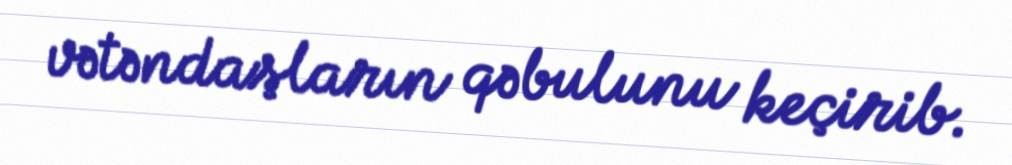
vətəndaşların qəbulunu keçirib.